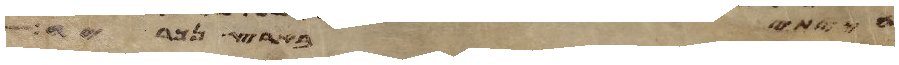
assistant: הייתי בארץ נכריה